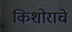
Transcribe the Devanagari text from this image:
किशोराचे